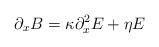
LaTeX: \begin{align*}\partial _xB=\kappa \partial _x^2E+\eta E \end{align*}